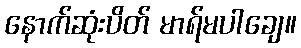
နောက်ဆုံးပိတ် မာရ်မပါချေ။